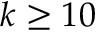
k \geq 1 0